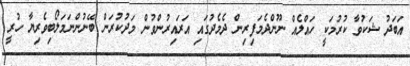
އަބަދު ޝަކުވާ ކުރުމަކީ ހައްލެއް ނޫންދެމަފިރިން ދެމެދުގައި އަރައިރުންވުން މަދުކުރަން ބޭނުންނަމަލޯބިވެރިޔާ ހުރީ